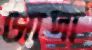
সোদা